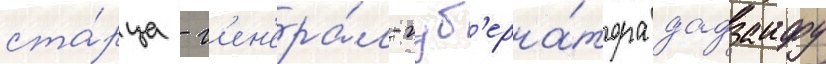
ста́рца - г'ен'ера́л-губ'ерна́тора дадзаифу